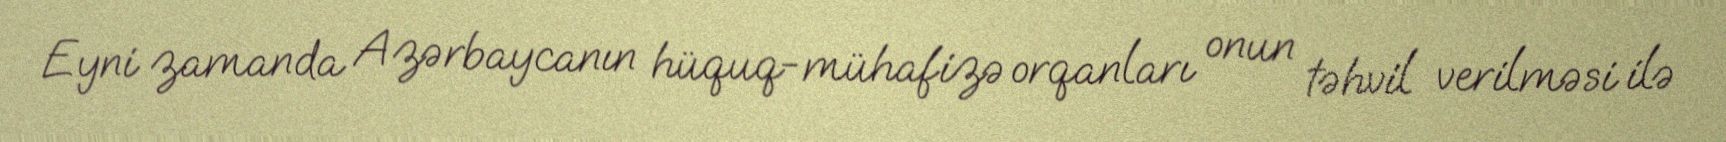
Eyni zamanda Azərbaycanın hüquq-mühafizə orqanları onun təhvil verilməsi ilə